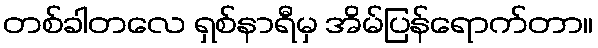
တစ်ခါတလေ ရှစ်နာရီမှ အိမ်ပြန်ရောက်တာ။